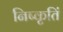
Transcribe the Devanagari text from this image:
निष्कृतिं